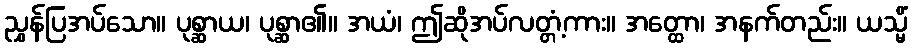
ညွှန်ပြအပ်သော။ ပုစ္ဆာယ၊ ပုစ္ဆာ၏။ အယံ၊ ဤဆိုအပ်လတ္တံ့ကား။ အတ္ထော၊ အနက်တည်း။ ယသ္မိံ